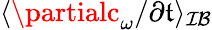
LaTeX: \langle\partialc_{\omega}/\partial\mathfrak{t}\rangle_{\mathcal{{IB}}}